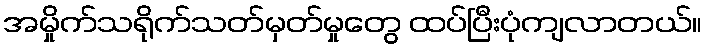
အမှိုက်သရိုက်သတ်မှတ်မှုတွေ ထပ်ပြီးပုံကျလာတယ်။